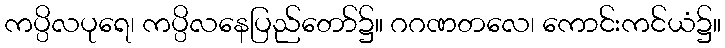
ကပ္ပိလပုရေ၊ ကပ္ပိလနေပြည်တော်၌။ ဂဂဏတလေ၊ ကောင်းကင်ယံ၌။